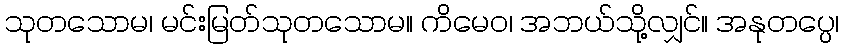
သုတသောမ၊ မင်းမြတ်သုတသောမ။ ကိမေဝ၊ အဘယ်သို့လျှင်။ အနုတပ္ပေ၊